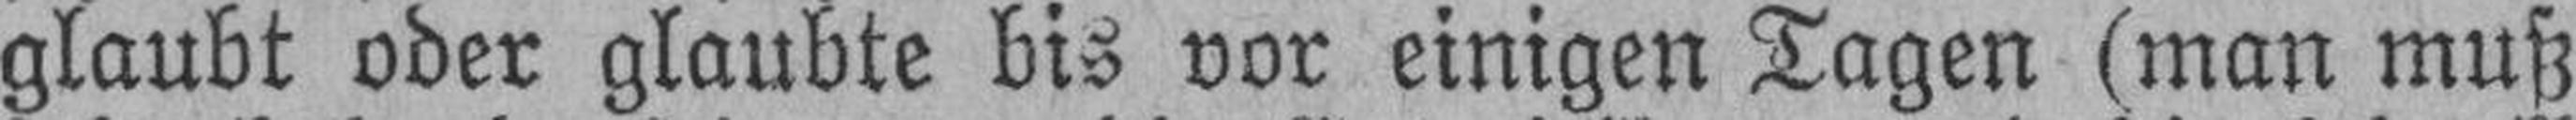
glaubt oder glaubte bis vor einigen Tagen (man muß